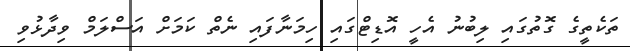
ތަކެތީގެ ގޮތުގައި ލިބުނު އެހީ އޮޑިޓްގައި ހިމަނާފައި ނެތް ކަމަށް އަސްލަމް ވިދާޅުވި